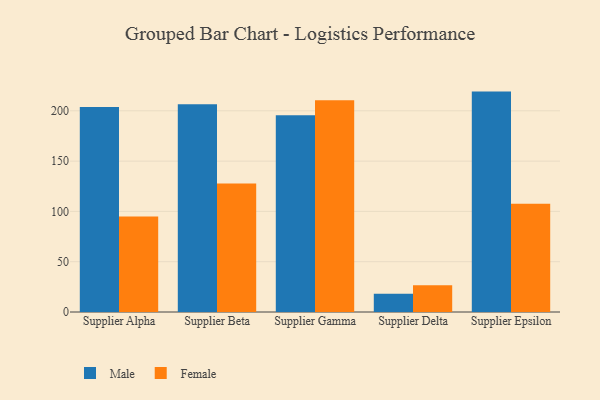
{"axis": {"x": "Supplier", "y": "Budget (USD K)"}, "legend": ["Female", "Male"], "data": [{"x": "Supplier Alpha", "y": 203.7, "type": "Male"}, {"x": "Supplier Alpha", "y": 95.0, "type": "Female"}, {"x": "Supplier Beta", "y": 206.6, "type": "Male"}, {"x": "Supplier Beta", "y": 127.7, "type": "Female"}, {"x": "Supplier Gamma", "y": 195.7, "type": "Male"}, {"x": "Supplier Gamma", "y": 210.6, "type": "Female"}, {"x": "Supplier Delta", "y": 18.1, "type": "Male"}, {"x": "Supplier Delta", "y": 26.5, "type": "Female"}, {"x": "Supplier Epsilon", "y": 219.1, "type": "Male"}, {"x": "Supplier Epsilon", "y": 107.6, "type": "Female"}]}